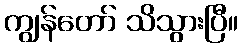
ကျွန်တော် သိသွားပြီ။